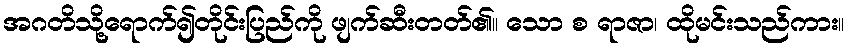
အဂတိသို့ရောက်၍တိုင်းပြည်ကို ဖျက်ဆီးတတ်၏။ သော စ ရာဇာ၊ ထိုမင်းသည်ကား။